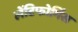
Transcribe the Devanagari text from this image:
लेंटिफोर्मिस